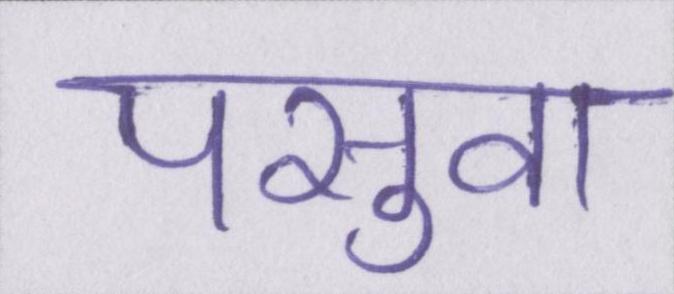
पसुवा